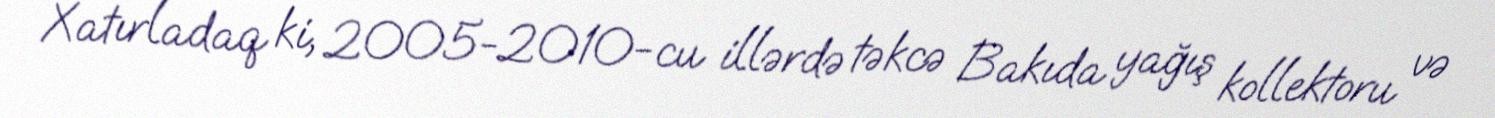
Xatırladaq ki, 2005-2010-cu illərdə təkcə Bakıda yağış kollektoru və